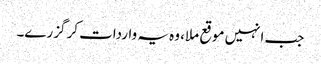
جب انہیں موقع ملا، وہ یہ واردات کر گزرے۔